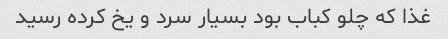
غذا که چلو کباب بود بسیار سرد و یخ کرده رسید